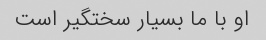
او با ما بسیار سختگیر است